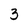
Character: 3